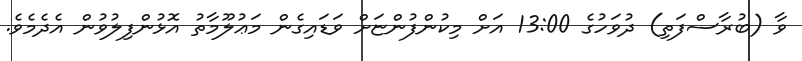
ވާ (ބުރާސްފަތި) ދުވަހުގެ 13:00 އަށް މިކުންފުންޏަށް ވަޑައިގެން މަޢުލޫމާތު އޮޅުންފިލުވުން އެދެމެވެ.